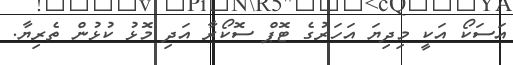
އަސަކޯ އަކީ މިދިޔަ އަހަރުގެ ޓޮޕް ސޮކޯރާ އަދި މޮޅު ކުޅުން ތެރިޔާ.